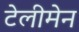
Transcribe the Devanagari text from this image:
टेलीमेन